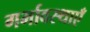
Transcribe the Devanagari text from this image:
गर्भावस्थाएँ